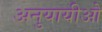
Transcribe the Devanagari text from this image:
अनुयायीओ